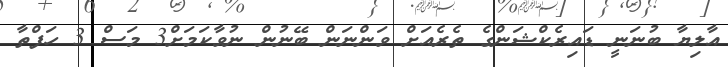
އާލިޔާ ބުނަނީ ޑައިރެކްޝަންގެ ތެރެއަށް ވަންނަން ބޭނުން ނުވާކަމަށް3 މަސް 3 ހަފްތާ